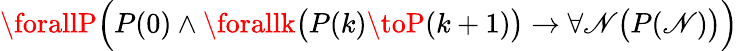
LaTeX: \displaystyle\forallP{\Bigl(}P(0)\land\forallk{\bigl(}P(k)\toP(k+1){\bigr)}\to\forall\mathscr{N}{\bigl(}P(\mathscr{N}){\bigr)}{\Bigr)}